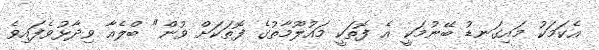
އެކަމަކު މައިގަނޑު ބޭނުމަކީ އެ ފޮތަކީ މައުލޫމާތުގެ ފޮތަކަށް ވުން" ބްލެއާ ވިދާޅުވެފައިވެ